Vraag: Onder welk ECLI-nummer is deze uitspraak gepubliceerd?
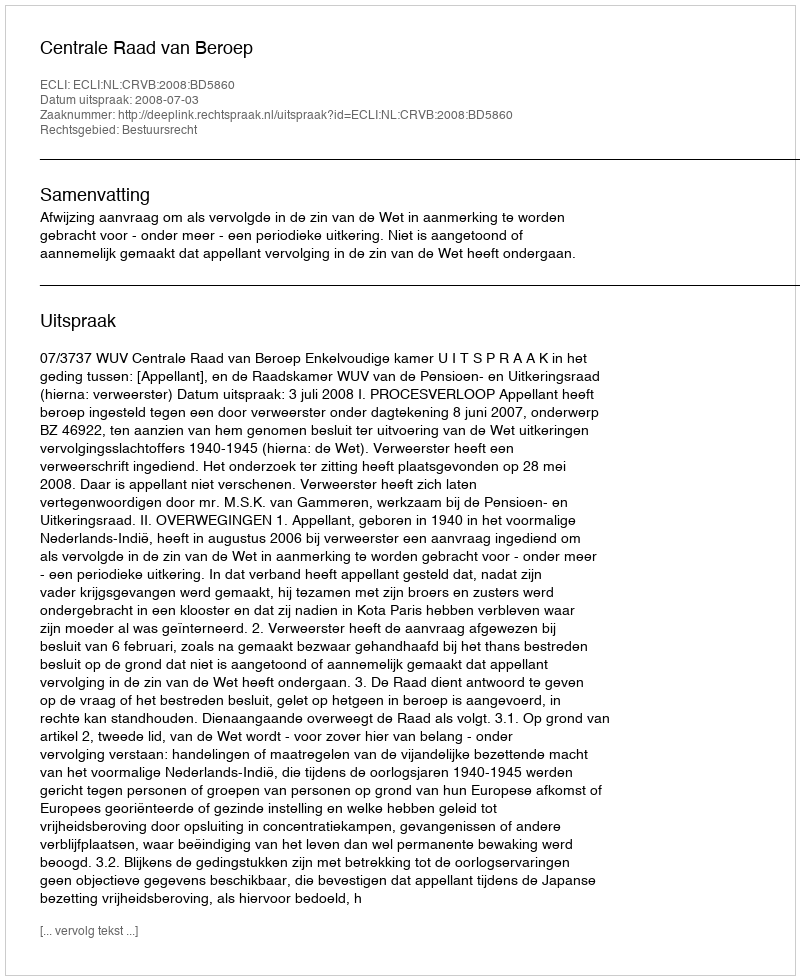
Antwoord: ECLI:NL:CRVB:2008:BD5860